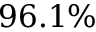
9 6 . 1 \%